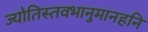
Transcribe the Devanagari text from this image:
ज्योतिस्तवभानुमानहनि